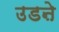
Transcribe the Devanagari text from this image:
उडऩे